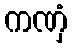
ကဏှံ